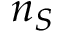
n _ { S }